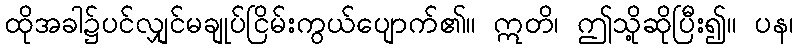
ထိုအခါ၌ပင်လျှင်မချုပ်ငြိမ်းကွယ်ပျောက်၏။ ဣတိ၊ ဤသို့ဆိုပြီး၍။ ပန၊